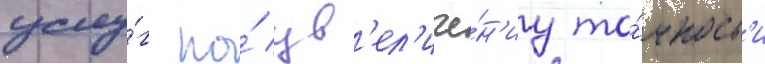
услу́г по́ ув'ел'иче́н'иу то́чност'и